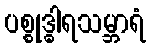
ပစ္စုဒ္ဓါရသမ္ဘာရံ